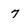
Character: 7